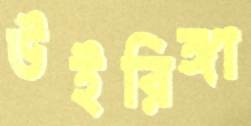
উইরিঙ্গা